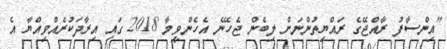
"އިންސާފު ރާއްޖޭގެ ރައްޔިތުންނަށް ލިބެން ޖެހޭނެ އެހެންވީމާ 2018 ގައި އިރާދަކުރެއްވިއްޔާ އެ